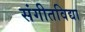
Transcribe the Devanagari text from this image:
संगीतविद्या